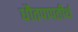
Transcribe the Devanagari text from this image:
धौतपापतीर्थ